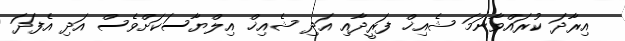
އިރާދަ ކުރައްވާނަމަ ޝެއިޚް ފަރީދާއި އަދި ޝެއިޚް އިލްޔާސަކަށްވެސް އަދި އެފަދަ